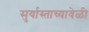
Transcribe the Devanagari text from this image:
सुर्यास्ताच्यावेळी